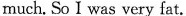
much. So I was very fat.